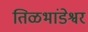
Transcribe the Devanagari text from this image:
तिळभांडेश्वर